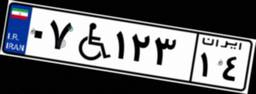
۰۲W۲۷۶۷۸